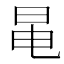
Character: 㫣